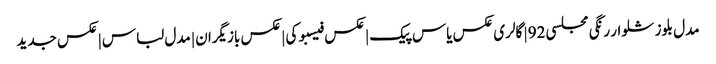
مدل بلوز شلوار رنگی مجلسی 92 | گالری عکس یاس پیک | عکس فیسبوکی | عکس بازیگران | مدل لباس | عکس جدید